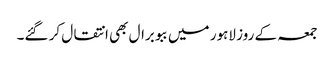
جمعہ کے روز لاہور میں ببو برال بھی انتقال کر گئے۔